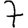
Digit: 7